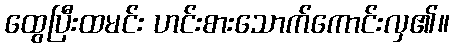
ထွေပြီးထမင်း ဟင်းစားသောက်ကောင်းလှ၏။